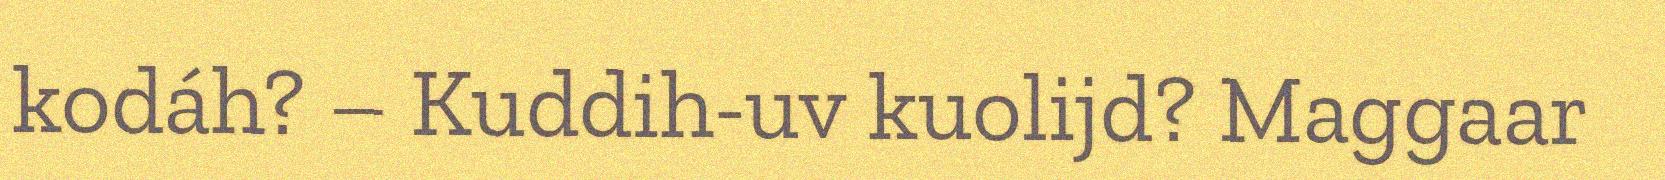
kodáh? – Kuddih-uv kuolijd? Maggaar